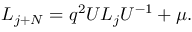
L _ { j + N } = q ^ { 2 } U L _ { j } U ^ { - 1 } + \mu .